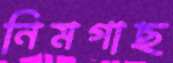
নিমগাছ